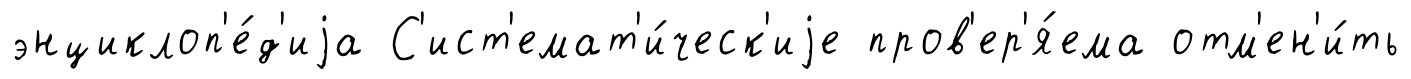
энциклоп'е́д'иjа С'ист'емат'и́ческ'иjе пров'ер'я́ема отм'ен'и́ть